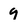
Character: 9